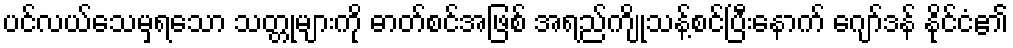
ပင်လယ်သေမှရသော သတ္တုများကို ဓာတ်စင်အဖြစ် အရည်ကျိုသန့်စင်ပြီးနောက် ဂျော်ဒန် နိုင်ငံ၏